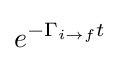
e^{-\Gamma _{i\to f}t}